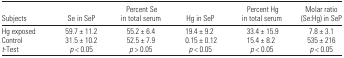
| Subjects | Se in SeP | Percent Se in total serum | Hg in SeP | Percent Hg in total serum | Molar ratio (Se:Hg) in SeP |
 | --- | --- | --- | --- | --- | --- |
 | Hg exposed | 59.7 ± 11.2 | 55.2 ± 6.4 | 19.4 ± 9.2 | 33.4 ± 15.9 | 7.8 ± 3.1 |
 | Control | 31.5 ± 10.2 | 52.5 ± 7.9 | 0.15 ± 0.12 | 15.4 ± 8.2 | 535 ± 216 |
 | t-Test | p < 0.05 | p > 0.05 | p < 0.05 | p < 0.05 | p < 0.05 |